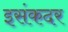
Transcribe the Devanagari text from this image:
इसंकदर